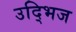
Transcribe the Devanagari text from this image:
उद्भिज